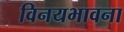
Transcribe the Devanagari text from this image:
विनयभावना